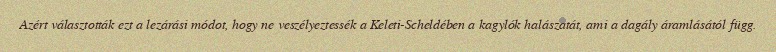
Azért választották ezt a lezárási módot, hogy ne veszélyeztessék a Keleti-Scheldében a kagylók halászatát, ami a dagály áramlásától függ.